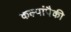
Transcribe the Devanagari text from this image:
कल्पांपैकी